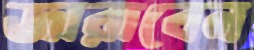
জারাবেন